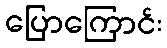
ပြောကြောင်း